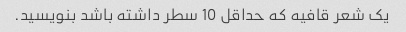
یک شعر قافیه که حداقل 10 سطر داشته باشد بنویسید.